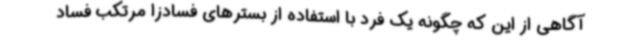
آگاهی از این که چگونه یک فرد با استفاده از بسترهای فسادزا مرتکب فساد